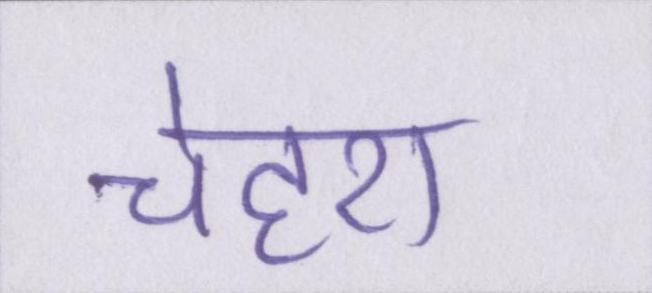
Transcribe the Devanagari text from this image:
चेहरा